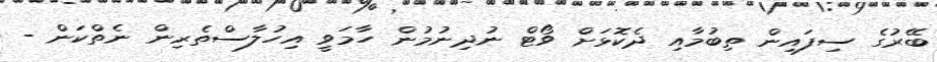
ބޭރުގެ ސިފައިން ތިބުމާއި ދެކޮޅަށް ވޯޓް ނުދިނުމުން ހާމަވީ އިހުލާސްތެރިން ނެތްކަން -